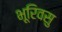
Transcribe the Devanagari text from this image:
भूरिवसु